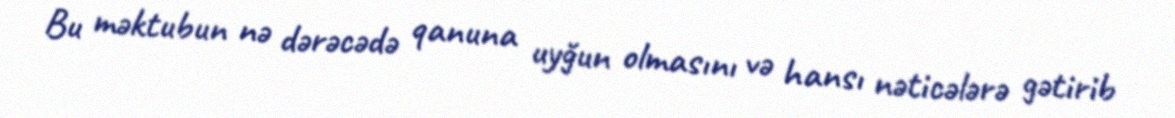
Bu məktubun nə dərəcədə qanuna uyğun olmasını və hansı nəticələrə gətirib